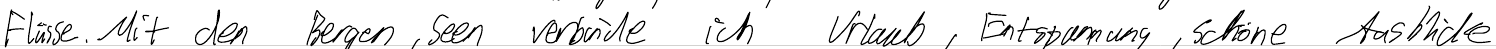
Flüsse. Mit den Bergen, Seen verbinde ich Urlaub, Entspannung, schöne Ausblicke